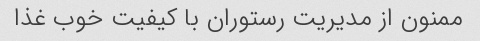
ممنون از مدیریت رستوران با کیفیت خوب غذا